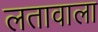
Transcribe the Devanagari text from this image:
लतावाला